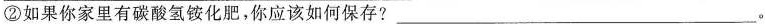
②如果你家里有碳酸氢铵化肥，你应该如何保存?___。